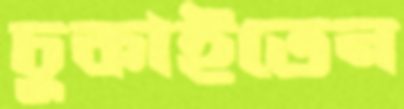
চুকাইতেন